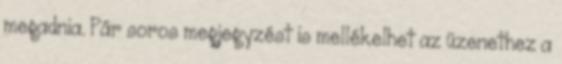
megadnia. Pár soros megjegyzést is mellékelhet az üzenethez a